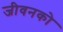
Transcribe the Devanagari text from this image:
जीवनको